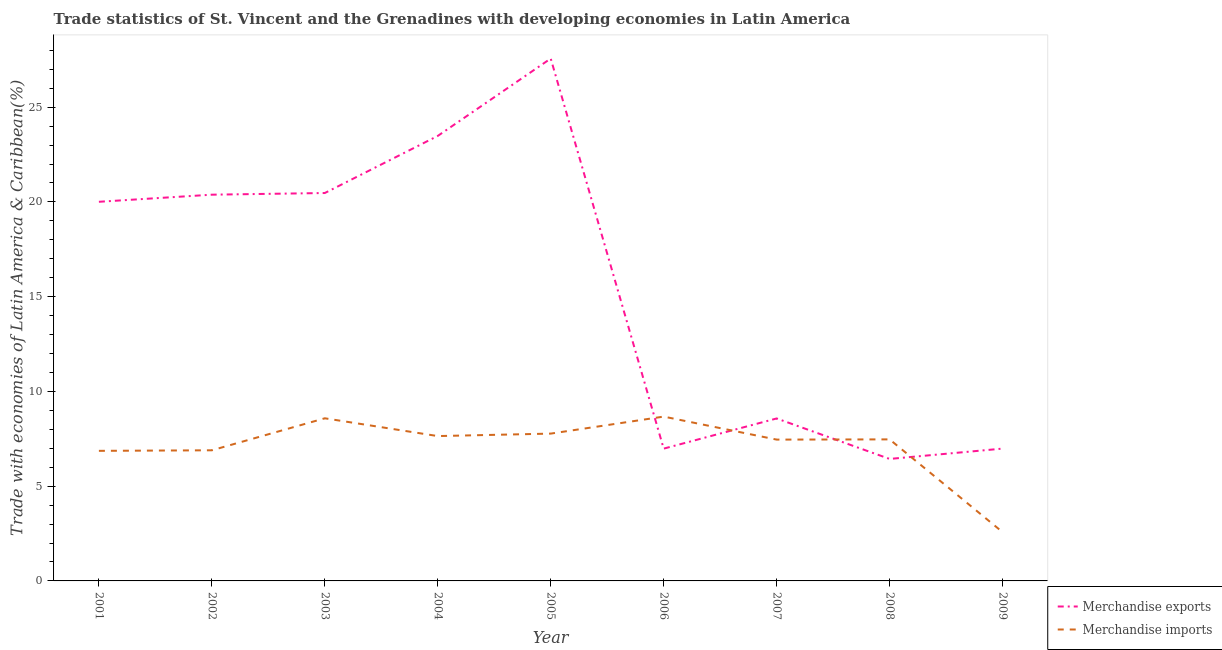
| Year | Merchandise exports | Merchandise imports |
 | --- | --- | --- |
 | 2001 | 20 | 6.86 |
 | 2002 | 20.4 | 6.89 |
 | 2003 | 20.5 | 8.58 |
 | 2004 | 23.5 | 7.64 |
 | 2005 | 27.6 | 7.77 |
 | 2006 | 6.98 | 8.67 |
 | 2007 | 8.57 | 7.46 |
 | 2008 | 6.44 | 7.47 |
 | 2009 | 6.98 | 2.58 |